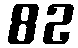
82